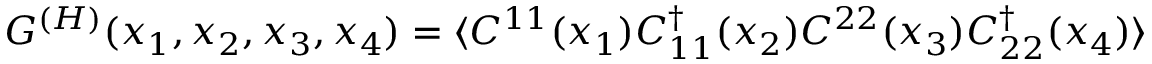
G ^ { ( H ) } ( x _ { 1 } , x _ { 2 } , x _ { 3 } , x _ { 4 } ) = \langle { \cal C } ^ { 1 1 } ( x _ { 1 } ) { \cal C } _ { 1 1 } ^ { \dagger } ( x _ { 2 } ) { \cal C } ^ { 2 2 } ( x _ { 3 } ) { \cal C } _ { 2 2 } ^ { \dagger } ( x _ { 4 } ) \rangle \;